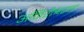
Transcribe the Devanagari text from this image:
अनिरीश्वरवाद